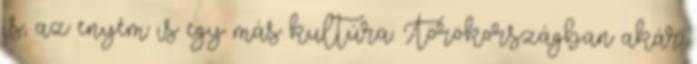
is, az enyém is egy más kultúra. Törökországban akár